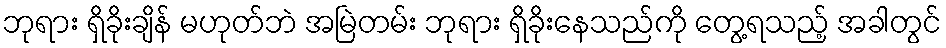
ဘုရား ရှိခိုးချိန် မဟုတ်ဘဲ အမြဲတမ်း ဘုရား ရှိခိုးနေသည်ကို တွေ့ရသည့် အခါတွင်